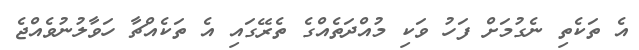
އެ ތަކެތި ނެގުމަށް ފަހު ވަކި މުއްދަތެއްގެ ތެރޭގައި އެ ތަކެއްޗާ ހަވާލުނުވެއްޖެ